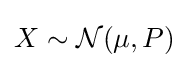
X\sim {\mathcal {N}}(\mu ,P)